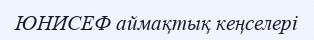
ЮНИСЕФ аймақтық кеңселері